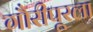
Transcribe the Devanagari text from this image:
गौरीपूरला